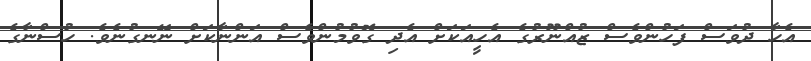
އެހާ ދުވަސް ފަހުންވެސް ޒުއްނޫރުގެ އެހީއަކަށް އެދި ގޮވުމުންވެސް އަންނާކަށް ނޭނގުނެވެ. ހުސްނާގެ